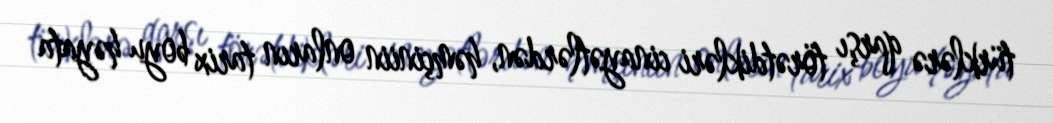
türklərə qarşı törətdikləri cinayətlərdən, həmçiniin onların tarix boyu həyata